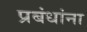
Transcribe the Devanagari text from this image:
प्रबंधांना